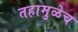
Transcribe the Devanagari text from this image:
तहामुळेच